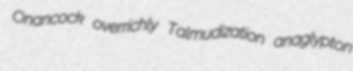
Onancock overrichly Talmudization anaglypton